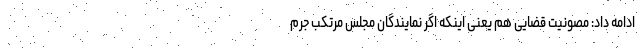
ادامه داد: مصونیت قضایی هم یعنی اینکه اگر نمایندگان مجلس مرتکب جرم